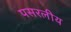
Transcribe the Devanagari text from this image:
पसरलीय